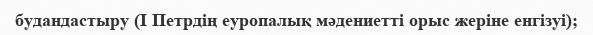
будандастыру (I Петрдің еуропалық мәдениетті орыс жеріне енгізуі);